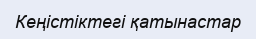
Кеңістіктегі қатынастар